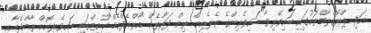
އަދި ޕްރޮގްރާމްތަކުގައި ބައިވެރިވާ ބައިވެރިންގެ ތެރެއިން ތިން ފަރާތެއް "އާރްއެފްއެމް"ކުއިޒްގައި ބައިވެރިކޮށް ރާއްޖެއާއި